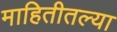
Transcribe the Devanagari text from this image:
माहितीतल्या